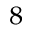
^ 8